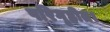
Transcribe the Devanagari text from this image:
परिगृहीत।